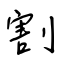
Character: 割